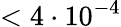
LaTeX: <4\cdot 10^{-4}